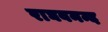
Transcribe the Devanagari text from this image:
राघवनन्द